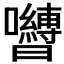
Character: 𭌺